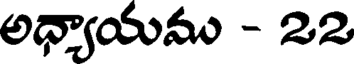
అధ్యాయము - 22